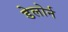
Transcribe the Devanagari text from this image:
डेलोर्न